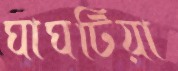
ঘাঘটিয়া